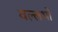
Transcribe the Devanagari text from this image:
वल्लभों